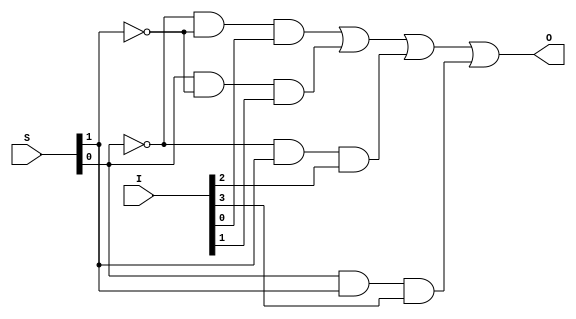
/*
 * Generated by Digital. Don't modify this file!
 * Any changes will be lost if this file is regenerated.
 */

module MUX421 (
  input [3:0] I,
  input [1:0] S,
  output O
);
  assign O = (((~ S[0] & ~ S[1]) & I[0]) | ((S[0] & ~ S[1]) & I[1]) | ((~ S[0] & S[1]) & I[2]) | ((S[0] & S[1]) & I[3]));
endmodule